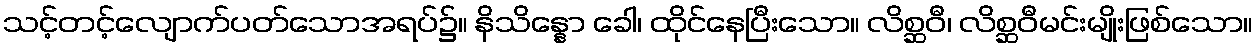
သင့်တင့်လျောက်ပတ်သောအရပ်၌။ နိသိန္နော ခေါ၊ ထိုင်နေပြီးသော။ လိစ္ဆဝီ၊ လိစ္ဆဝီမင်းမျိုးဖြစ်သော။